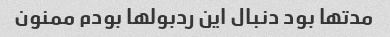
مدتها بود دنبال این ردبولها بودم ممنون